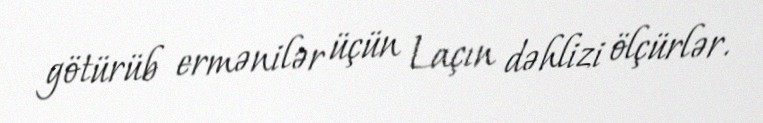
götürüb ermənilər üçün Laçın dəhlizi ölçürlər.